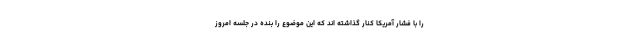
را با فشار آمریکا کنار گذاشته اند که این موضوع را بنده در جلسه امروز